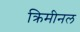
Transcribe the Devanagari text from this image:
क्रिमीनल